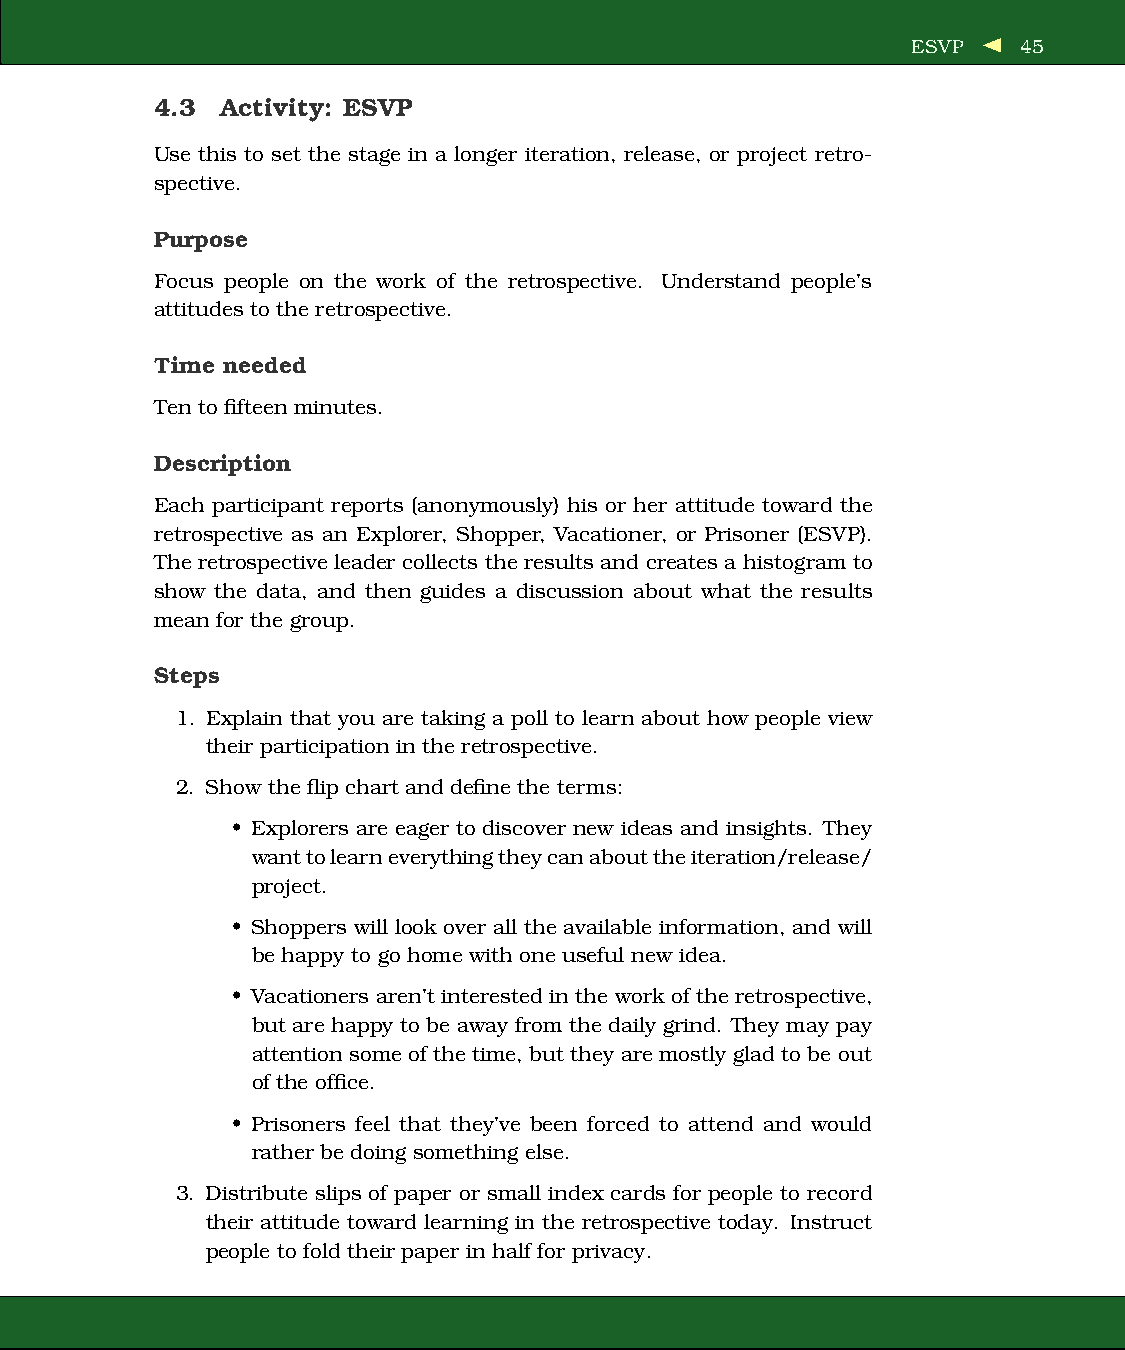
ESVP    45
 4.3  Activity: ESVP
 Use this to set the stage in a longer iteration, release, or project retro-
 spective.
 Purpose
 Focus people on the work of the retrospective. Understand people’s
 attitudes to the retrospective.
 Time needed
 Ten to fifteen minutes.
 Description
 Each participant reports (anonymously) his or her attitude toward the
 retrospective as an Explorer, Shopper, Vacationer, or Prisoner (ESVP).
 The retrospective leader collects the results and creates a histogram to
 show the data, and then guides a discussion about what the results
 mean for the group.
 Steps
 1. Explain that you are taking a poll to learn about how people view
 their participation in the retrospective.
 2. Show the flip chart and define the terms:
 • Explorers are eager to discover new ideas and insights. They
 wanttolearneverythingtheycanabouttheiteration/release/
 project.
 • Shoppers will look over all the available information, and will
 be happy to go home with one useful new idea.
 • Vacationers aren’t interested in the work of the retrospective,
 but are happy to be away from the daily grind. They may pay
 attention some of thetime, but they aremostly glad to be out
 of the office.
 • Prisoners feel that they’ve been forced to attend and would
 rather be doing something else.
 3. Distribute slips of paper or small index cards for people to record
 their attitude toward learning in the retrospective today. Instruct
 people to fold their paper in half for privacy.